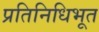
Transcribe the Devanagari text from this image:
प्रतिनिधिभूत